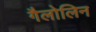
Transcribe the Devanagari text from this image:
गैलोलिन